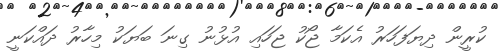
ކުރީން ދިޔަފަހަރު އެކަމާ ޖޯކު ޖަހައި އުޅުނު ގިނަ ބަޔަކު މިހާރު ދައްކަނީ